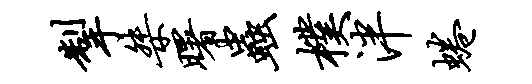
掣桀曙虫朴泮蜷